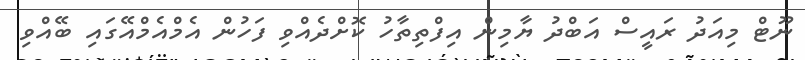
ނޫޓް މިއަދު ރައީސް އަބްދު ޔާމިން އިފްތިތާހު ކޮށްދެއްވި ފަހުން އެމްއެމްއޭގައި ބޭއްވި